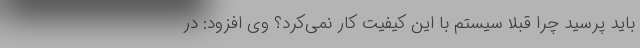
باید پرسید چرا قبلاً سیستم با این کیفیت کار نمی‌کرد؟ وی افزود: در